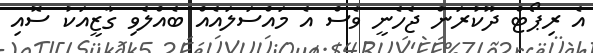
އެ ރިޕޯޓް ދޫކުރަން ޖެހެނީ ވެސް އެ މައްސަލައެއް ބެއްލެވި ގާޒީއަކު ސޮއި